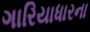
ગારિયાધારના